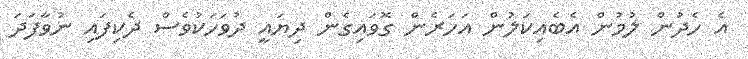
އެ ހެދުން ލުމުން އެބެއިކަލުން އަހަރެން ގޮވައިގެން ދިޔައީ ދުވަހަކުވެސް ދެކިފައި ނުވާފަދަ